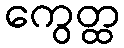
ကွေတ္ထ